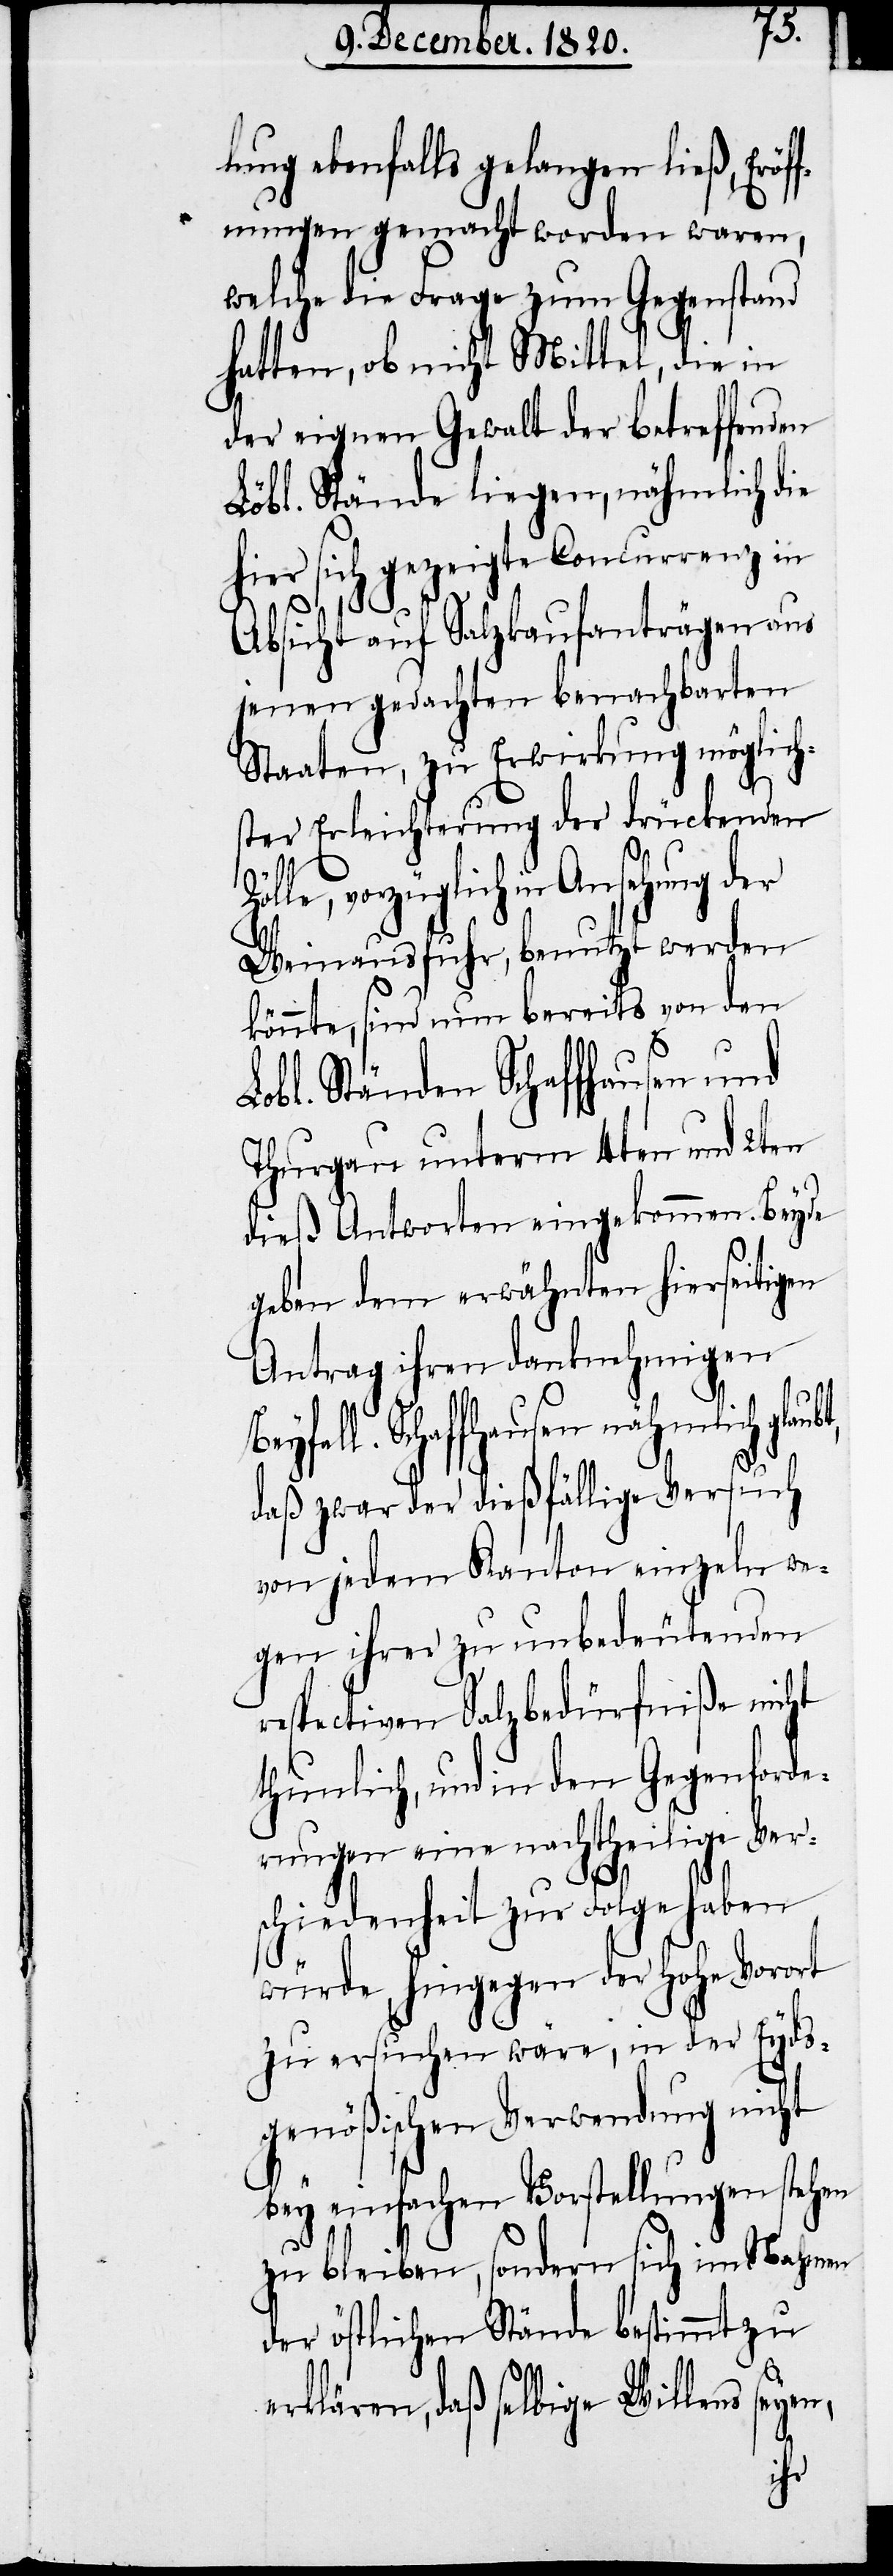
lung ebenfalls gelangen ließ, Eröf¬
fnungen gemacht worden waren,
welche die Frage zum Gegenstand
hatten, ob nicht Mittel, die in
der eignen Gewalt der betreffenden
Löbl. Stände liegen, nähmlich die
hier sich gezeigte Concurrenz in
Bey¬
Absicht auf Salzkaufanträgen aus
jenen gedachten benachbarten
Staaten, zu Erwirkung möglich¬
ster Erleichterung der drückenden
lle, vorzüglich in Ansehung der
Weinausfuhr, benutzt werden
könnte, sind nun bereits von den
Lobl. Ständen Schaffhausen und
Thurgau unterm 4ten und 2ten
dieß Antworten eingekommen. Beyde
geben dem erwähnten hierseitigen
Antrag ihren danknehmigen
fall. Schaffhausen nähmlich
daß zwar der dießfällige Versuch
von jedem Kanton einzeln we¬
gen ihrer zu unbedeutenden
respectiven Salzbedürfniße nicht
thunlich, und in den Gegenforde¬
rungen eine nachtheilige Ver¬
schiedenheit zur Folge haben
würde, hingegen der hohe Vorort
zu ersuchen wäre, in der Eyds¬
genößischen Verwendung nicht
bey einfachen Vorstellungen stehen
zu bleiben, sondern sich im Nahmen
der östlichen Ständen bestimmt zu
erklären, daß selbige Willens seyen,
Zö¬